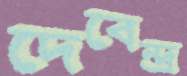
দেবেন্দ্র